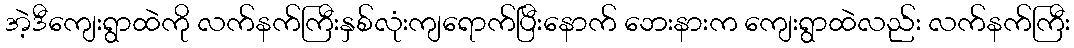
အဲ့ဒီကျေးရွာထဲကို လက်နက်ကြီးနှစ်လုံးကျရောက်ပြီးနောက် ဘေးနားက ကျေးရွာထဲလည်း လက်နက်ကြီး